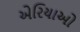
એરિયાઓ